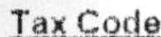
TAX CODE